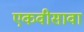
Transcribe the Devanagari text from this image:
एकवीसावा